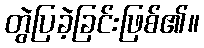
တွဲပြခဲ့ခြင်းဖြစ်၏။